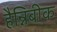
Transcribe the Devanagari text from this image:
हैन्निबीक